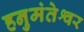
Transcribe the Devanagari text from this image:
हनुमंतेश्वर